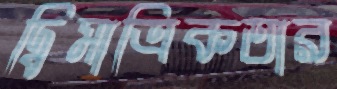
দ্বিমাত্রিকতার